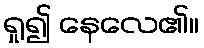
ရှု၍ နေလေ၏။